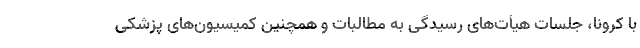
با کرونا، جلسات هیأت‌های رسیدگی به مطالبات و همچنین کمیسیون‌های پزشکی